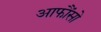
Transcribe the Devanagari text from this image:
आफौंसो